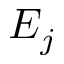
E _ { j }